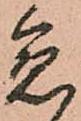
急